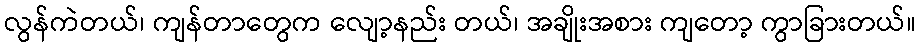
လွန်ကဲတယ်၊ ကျန်တာတွေက လျော့နည်း တယ်၊ အချိုးအစား ကျတော့ ကွာခြားတယ်။